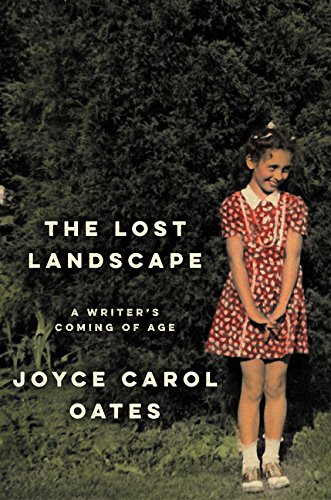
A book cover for The Lost Landscape: A Writer's Coming of Age; Joyce Carol Oates; Biographies & Memoirs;